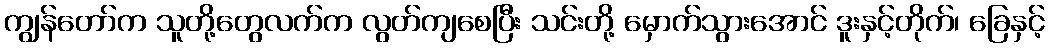
ကျွန်တော်က သူတို့တွေလက်က လွတ်ကျစေပြီး သင်းတို့ မှောက်သွားအောင် ဒူးနှင့်တိုက်၊ ခြေနှင့်